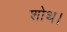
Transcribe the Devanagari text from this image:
शोथ।